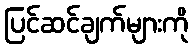
ပြင်ဆင်ချက်များကို